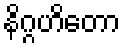
နိဂ္ဂဟိတော